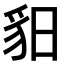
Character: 𧲥